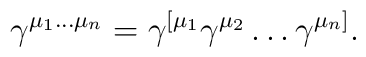
\gamma^{\mu_{1}\ldots\mu_{n}} = \gamma^{[\mu_{1}} \gamma^{\mu_{2}} \ldots\gamma^{\mu_{n}]}.